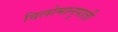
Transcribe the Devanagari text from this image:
विलोमानुपाती